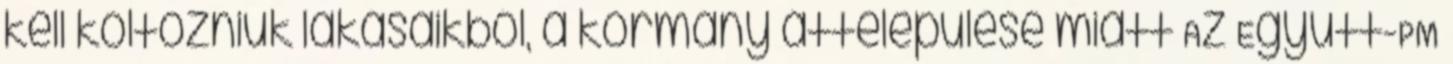
kell költözniük lakásaikból, a kormány áttelepülése miatt Az Együtt-PM